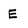
Character: E